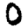
Digit: 0